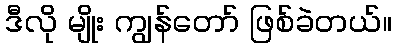
ဒီလို မျိုး ကျွန်တော် ဖြစ်ခဲတယ်။